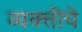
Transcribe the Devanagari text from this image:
व्यक्‍तीचे